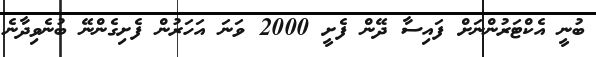
ބުނީ އެކްޓަރުންނަށް ފައިސާ ދޭން ފެށީ 2000 ވަނަ އަހަރުން ފެށިގެންނޭ ބުނެވިދާނެ